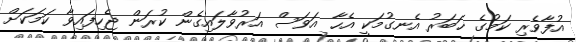
އުފާވެރި ކަމުގެ ޚަބަރު އެނގުމަކީ އެހާ އަވަސް އަރުވާލައިގެން ކުރަން ޖެހިފައިވާ ކަމަކަށް